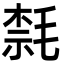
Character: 㲡